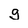
Character: g